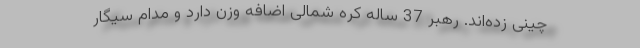
چینی زده‌اند. رهبر 37 ساله کره شمالی اضافه وزن دارد و مدام سیگار